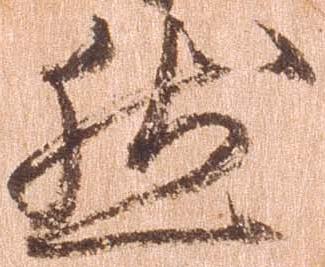
然